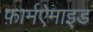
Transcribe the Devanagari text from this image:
फ़ार्मऐमाइड